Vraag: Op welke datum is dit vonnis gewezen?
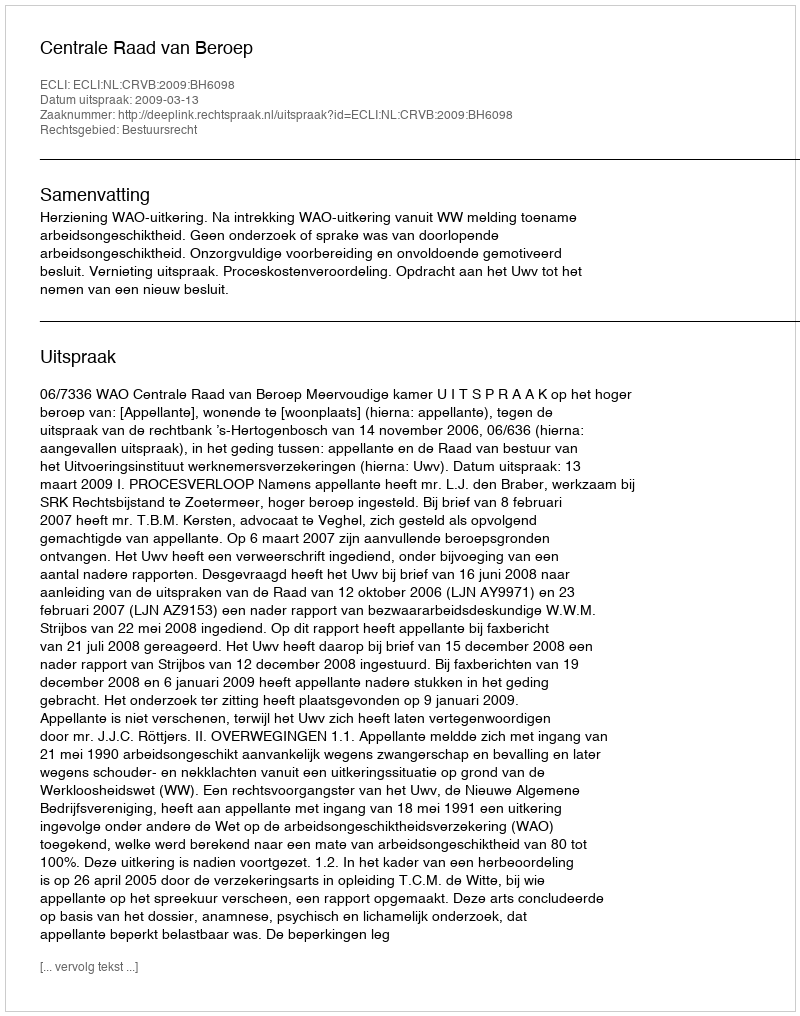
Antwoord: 2009-03-13